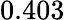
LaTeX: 0.403